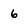
Character: 6